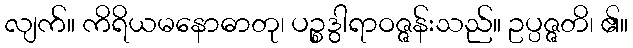
လျက်။ ကိရိယမနောဓာတု၊ ပဉ္စဒွါရာဝဇ္ဇန်းသည်။ ဥပ္ပဇ္ဇတိ၊ ၏။